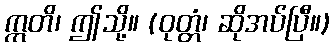
ဣတိ၊ ဤသို့။ (ဝုတ္တံ၊ ဆိုအပ်ပြီ။)